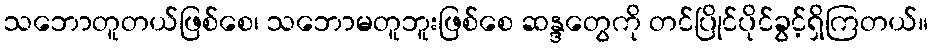
သဘောတူတယ်ဖြစ်စေ၊ သဘောမတူဘူးဖြစ်စေ ဆန္ဒတွေကို တင်ပြိုင်ပိုင်ခွင့်ရှိကြတယ်။